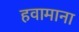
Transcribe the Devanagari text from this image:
हवामाना